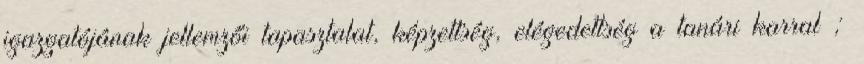
igazgatójának jellemzői tapasztalat, képzettség, elégedettség a tanári karral ;